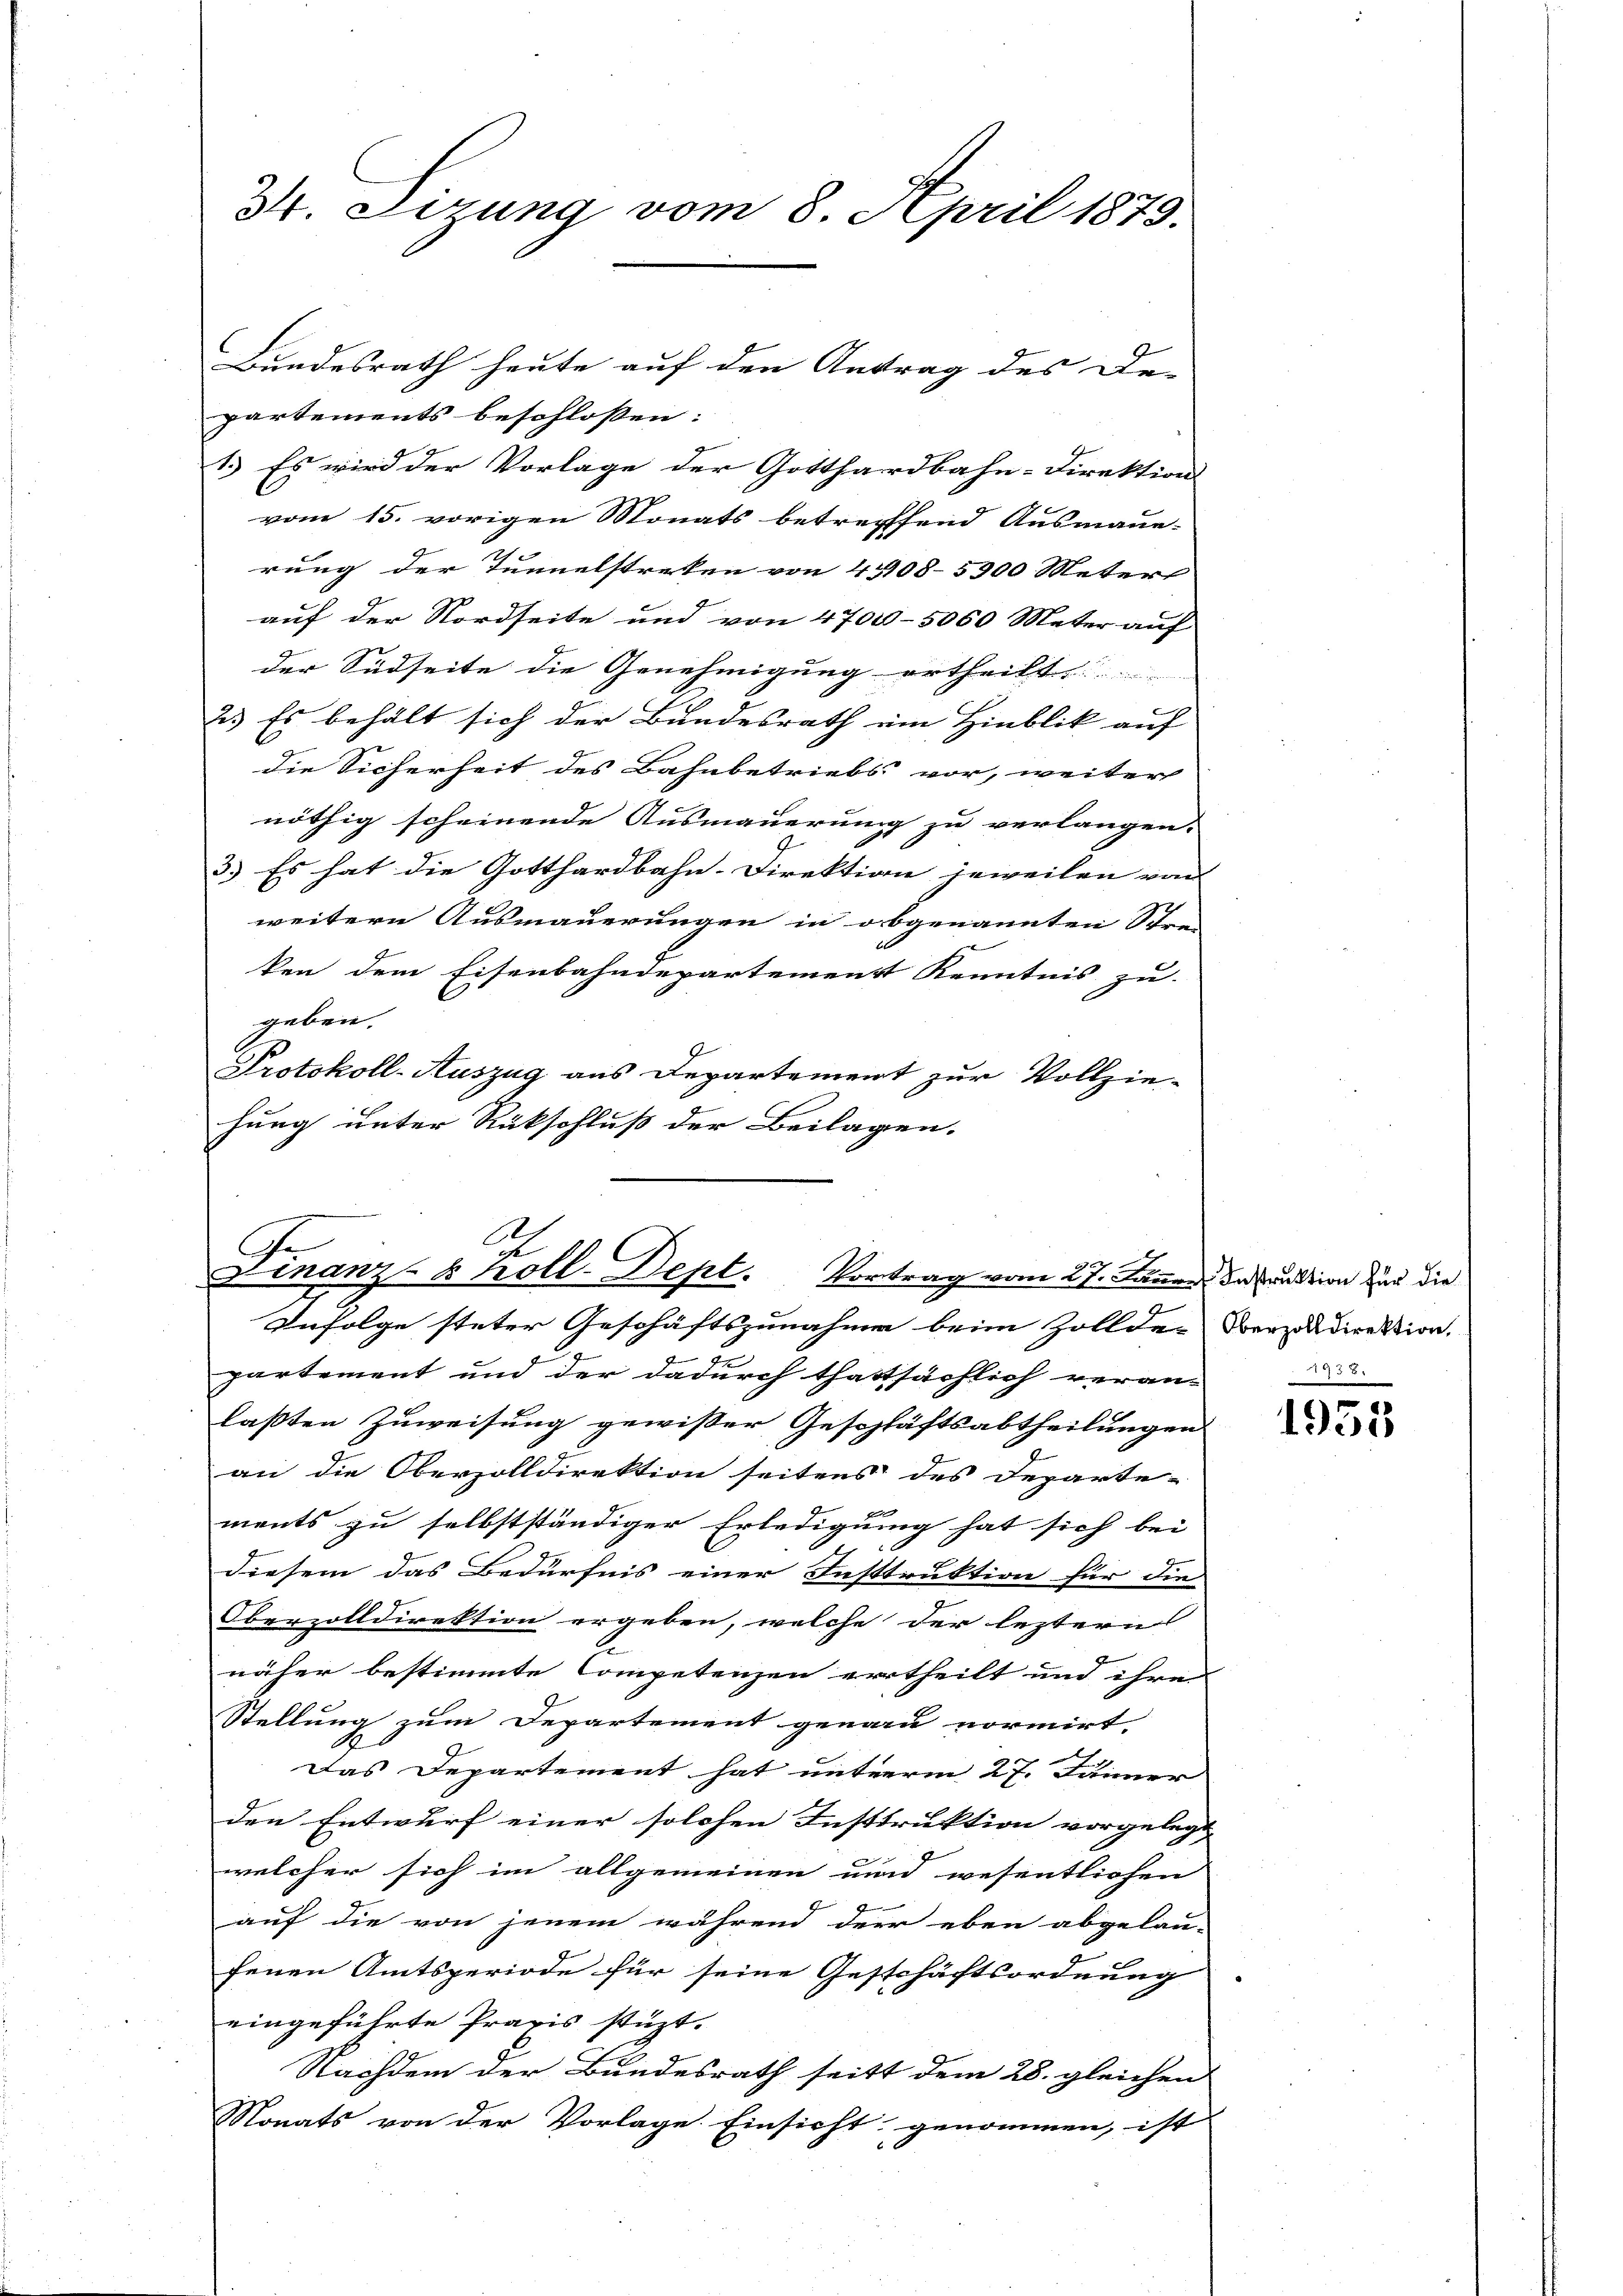
34. Sizung vom 8. April 1879.

Bundesrath heute auf den Antrag des De-
partements beschlossen:
1.) Es wird der Vorlage der Gotthardbahn-Direktions
vom 15. vorigen Monats betreffend Ausmaue-
rung der Tunnelstreken von 4 08-5900 Meter
auf der Nordseite und von 4700-5060 Meter auf
der Südseite die Genehmigung ertheilt.
2. Es behält sich der Bundesrath ein Hinblik auf
die Sicherheit des Bahnbetriebs vor, weiter
nöthig scheinende Ausmauerung zu verlangen.
3.) Es hat die Gotthardbahn-Direktion jeweilen von |
weitern Ausmauerungen in obgenannten Schen
ken dem Eisenbahndepartemenst Kenntnis zu.
geben.
Protokoll-Auszug aus Departement zur Vollzie-
hung unter Rückschluß der Beilagen.

Ar
C
Finanz- & Koll-Dept. Vortrag vom 27. Jänner, Instruktion zur die

Infolge steter Geschäftszunahme beim Zolldes Verzikdirektion.
partement und der dadurch thatsächlich veran-
laßten Zuweisung gewisser Geschläftsabtheilungen
an die Oberzolldirektion seitens des Departe-
ments zu selbstständiger Erledigung hat sich bei
diesem das Bedürfnis einer Insttruktion für die
Oberzolldirektion ergeben, welche der leztern
näher bestimmte Competenzen ertheilt und ihre
Stellung zum Departement genau normirt,
G
Das Departement hat unterm 27. Jänner
den Entwurf einer solchen Insttruktion vorgelegt |
welcher sich im allgemeinen und wesentlichen
auf die von jenem während der eben abgelau-
fenen Amtsperiode für seine Gestschäftsordnung
eingeführte Praxis stüzt.
Nachdem der Bundesrath seitt dem 28. gleichen
Nonats von der Vorlage. Einsicht genommen, ist

1955